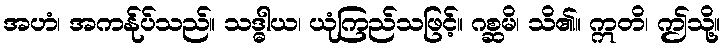
အဟံ၊ အကန်ုပ်သည်။ သဒ္ဓါယ၊ ယုံကြည်သဖြင့်။ ဂစ္ဆမိ၊ သိ၏။ ဣတိ၊ ဤသို့။